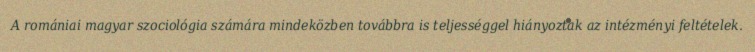
A romániai magyar szociológia számára mindeközben továbbra is teljességgel hiányoztak az intézményi feltételek.